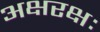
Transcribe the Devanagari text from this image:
अक्षरक्षः